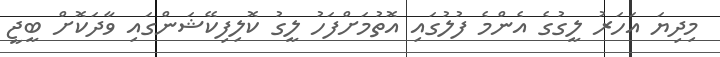
މިދިޔަ އަހަރު ލީގުގެ އެންމެ ފުލުގައި އޮތުމަށްފަހު ލީގު ކޮލިފިކޭޝަންގައި ވާދަކޮށް ބީޖީ